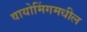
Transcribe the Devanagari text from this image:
वायोमिंगमधील